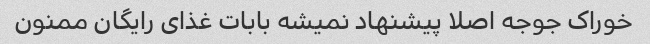
خوراک جوجه اصلا پیشنهاد نمیشه بابات غذای رایگان ممنون